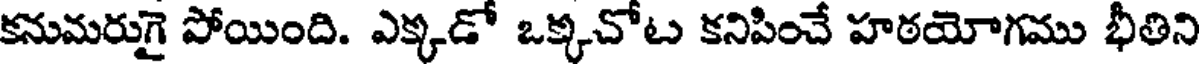
కనుమరుగై పోయింది. ఎక్కడో ఒక్కచోట కనిపించే హఠయోగము భీతిని